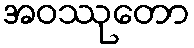
အဝဿုတော